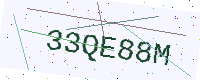
Text: 33QE88M